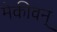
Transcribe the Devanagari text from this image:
मेकीवन्